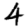
Digit: 4